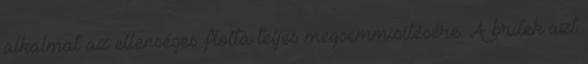
alkalmat az ellenséges flotta teljes megsemmisítésére. A britek azt